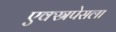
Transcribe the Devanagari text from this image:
एक्स्रपेसला